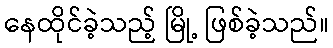
နေထိုင်ခဲ့သည့် မြို့ ဖြစ်ခဲ့သည်။